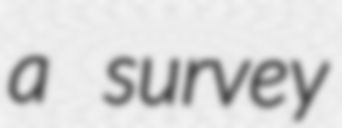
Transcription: a survey